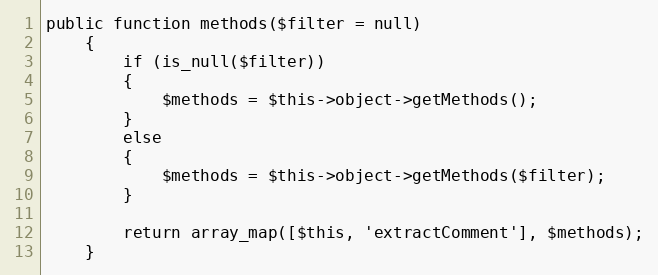
Language: PHP
public function methods($filter = null)
    {
        if (is_null($filter))
        {
            $methods = $this->object->getMethods();
        }
        else
        {
            $methods = $this->object->getMethods($filter);
        }

        return array_map([$this, 'extractComment'], $methods);
    }